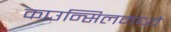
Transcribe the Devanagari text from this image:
काउन्सिलमध्ये